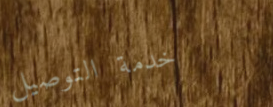
خدمة التوصيل